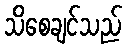
သိစေချင်သည်